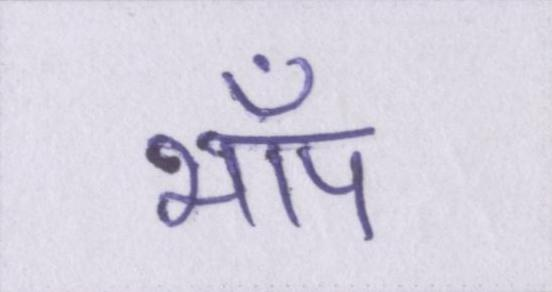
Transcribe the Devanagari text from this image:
भाँप